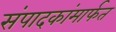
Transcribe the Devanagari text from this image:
संपादकांमार्फत